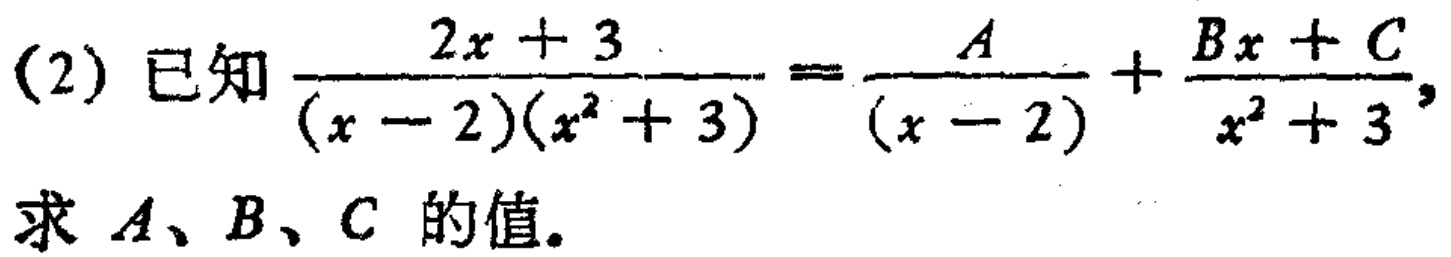
(2) 已知$\frac{2x + 3}{(x - 2)(x^{2}+ 3)}=\frac{A}{(x - 2)}+\frac{Bx + C}{x^{2}+ 3}$，求$A、B、C$ 的值。